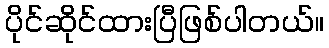
ပိုင်ဆိုင်ထားပြီဖြစ်ပါတယ်။